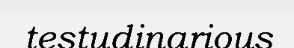
testudinarious